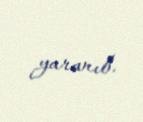
yaranıb.